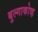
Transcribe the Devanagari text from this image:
बुल्गाकोव्ह